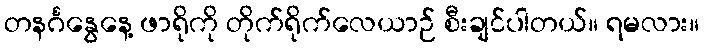
တနင်္ဂနွေနေ့ ဖာရိုကို တိုက်ရိုက်လေယာဉ် စီးချင်ပါတယ်။ ရမလား။